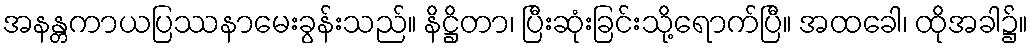
အနန္တကာယပြဿနာမေးခွန်းသည်။ နိဋ္ဌိတာ၊ ပြီးဆုံးခြင်းသို့ရောက်ပြီ။ အထခေါ၊ ထိုအခါ၌။